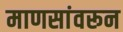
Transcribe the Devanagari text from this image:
माणसांवरून